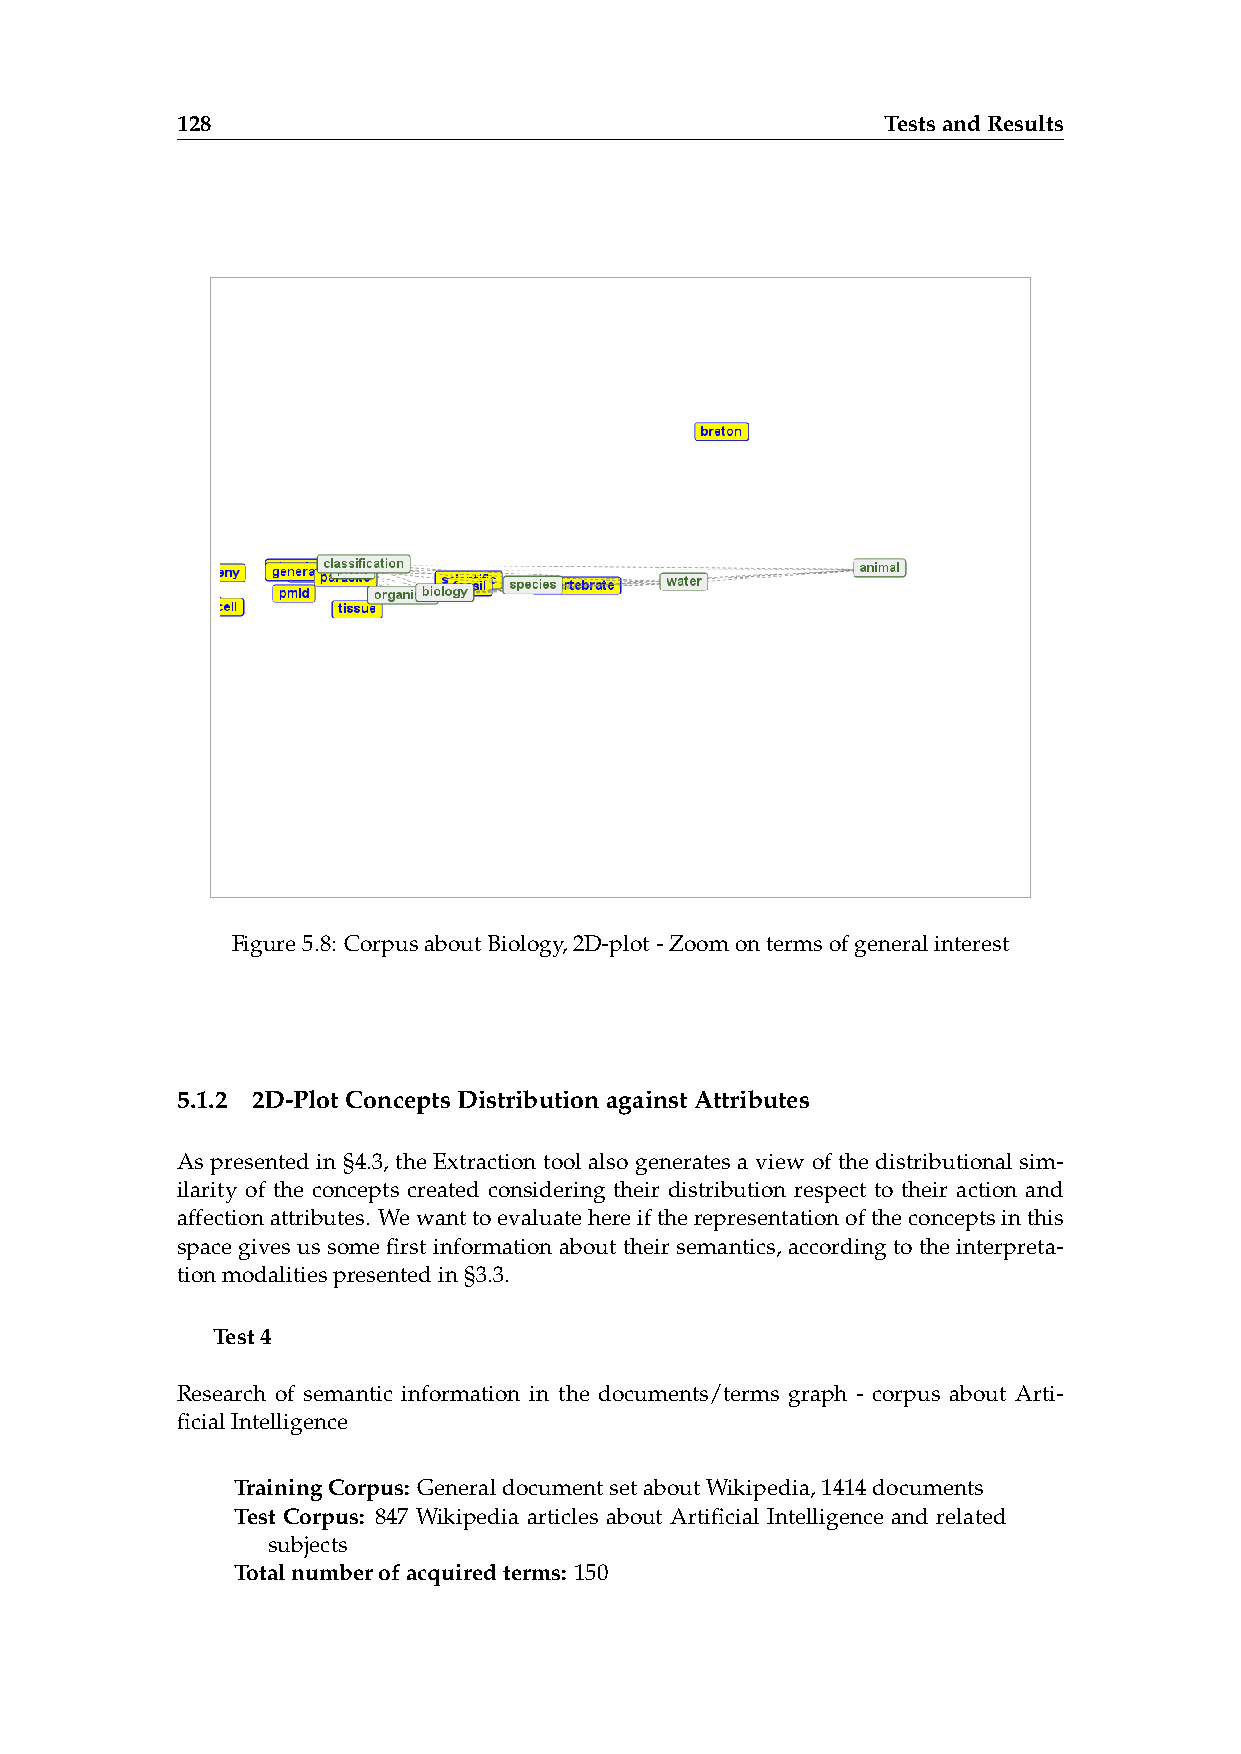
128                                            TestsandResults
 Figure5.8: CorpusaboutBiology,2D-plot-Zoomontermsofgeneralinterest
 5.1.2 2D-PlotConceptsDistributionagainstAttributes
 As presented in §4.3, the Extraction tool also generates a view of the distributional sim-
 ilarity of the concepts created considering their distribution respect to their action and
 affectionattributes. Wewanttoevaluatehereiftherepresentationoftheconceptsinthis
 space gives us some first information about their semantics, according to the interpreta-
 tionmodalitiespresentedin§3.3.
 Test4
 Research of semantic information in the documents/terms graph - corpus about Arti-
 ficialIntelligence
 TrainingCorpus: GeneraldocumentsetaboutWikipedia,1414documents
 Test Corpus: 847 Wikipedia articles about Artificial Intelligence and related
 subjects
 Totalnumberofacquiredterms: 150